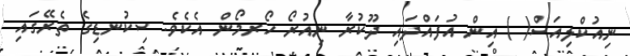
ނިއުކްލިއަސް( ) އިން އުފައްދައި ދޫކުރާ ނިއުރޯ ހޯރމޯން އެކެވެ. ސިކުނޑިގެ ތެރޭގައި